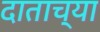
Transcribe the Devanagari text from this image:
दाताच्या